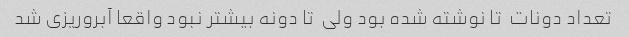
تعداد دونات  تا نوشته شده بود ولی  تا دونه بیشتر نبود واقعا آبروریزی شد